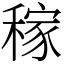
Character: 稼